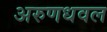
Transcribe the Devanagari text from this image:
अरुणधवल